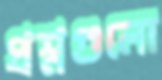
প্রশ্নগুলো